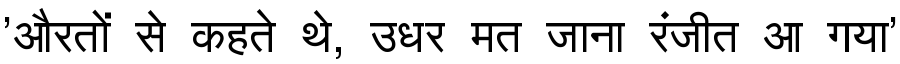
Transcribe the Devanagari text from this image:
'औरतों से कहते थे, उधर मत जाना रंजीत आ गया'